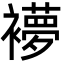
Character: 䙦